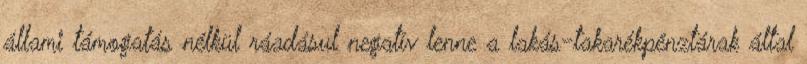
állami támogatás nélkül ráadásul negatív lenne a lakás-takarékpénztárak által